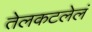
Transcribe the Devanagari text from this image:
तेलकटलेलं